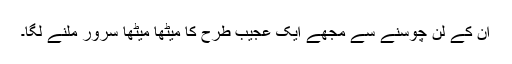
ان کے لن چوسنے سے مجھے ایک عجیب طرح کا میٹھا میٹھا سرور ملنے لگا۔